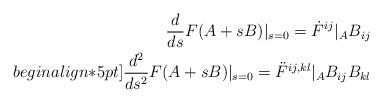
LaTeX: \begin{align*}\frac{d}{ds}F(A+sB)|_{s=0}=\dot{F}^{ij}|_AB_{ij}\\begin{align*}5pt]\frac{d^2}{ds^2}F(A+sB)|_{s=0}=\ddot{F}^{ij,kl}|_AB_{ij}B_{kl}\end{align*}